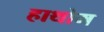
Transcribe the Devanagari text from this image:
हाथोम